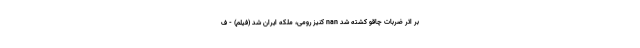
بر اثر ضربات چاقو کشته شد nan کنیز رومی، ملکه ایران شد (فیلم) - ف